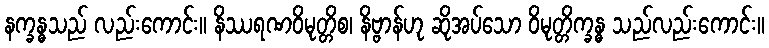
နက္ခန္ဓသည် လည်းကောင်း။ နိဿရဏဝိမုတ္တိစ၊ နိဗ္ဗာန်ဟု ဆိုအပ်သော ဝိမုတ္တိက္ခန္ဓ သည်လည်းကောင်း။